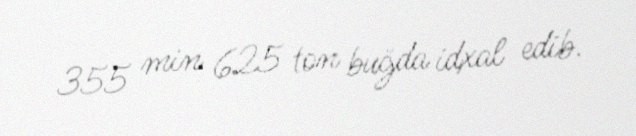
355 min 625 ton buğda idxal edib.